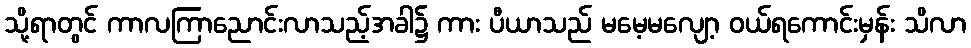
သို့ရာတွင် ကာလကြာညောင်းလာသည့်အခါ၌ ကား ပီယာသည် မမေ့မလျော့ ဝယ်ရကောင်းမှန်း သိလာ